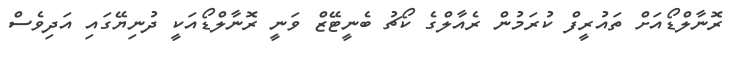
ރޮނާލްޑޯއަށް ތައުރީފް ކުރަމުން ރެއާލްގެ ކޯޗު ބެނީޓޭޒް ވަނީ ރޮނާލްޑޯއަކީ ދުނިޔޭގައި އަދިވެސް